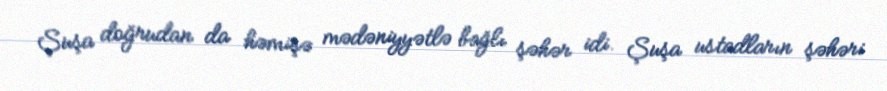
Şuşa doğrudan da həmişə mədəniyyətlə bağlı şəhər idi. Şuşa ustadların şəhəri